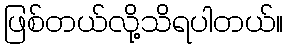
ဖြစ်တယ်လို့သိရပါတယ်။